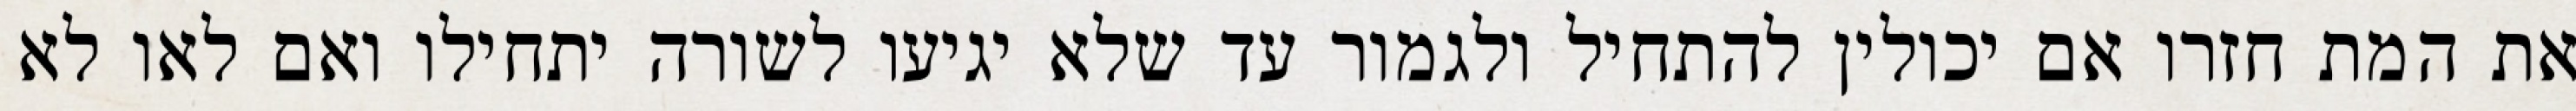
את המת חזרו אם יכולין להתחיל ולגמור עד שלא יגיעו לשורה יתחילו ואם לאו לא